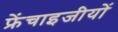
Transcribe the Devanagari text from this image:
फ्रेंचाइजीयों